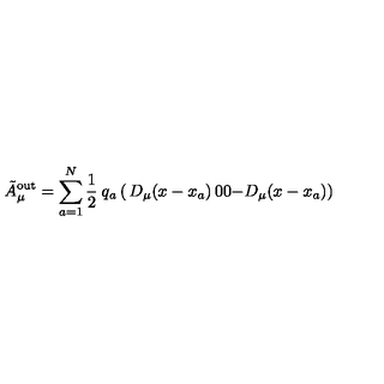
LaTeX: \tilde { A } _ { \mu } ^ { \mathrm { o u t } } = \sum _ { a = 1 } ^ { N } { \frac { 1 } { 2 } } \: q _ { a } \left( \begin{matrix} { D _ { \mu } ( x - x _ { a } ) } & { 0 } \\ { 0 } & { - D _ { \mu } ( x - x _ { a } ) } \\ \end{matrix} \right)